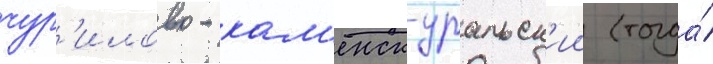
чур'илово - кам'енск-уральск'ии (тогда́